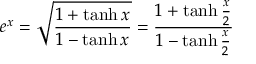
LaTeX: e ^ { x } = { \sqrt { \frac { 1 + \operatorname { t a n h } x } { 1 - \operatorname { t a n h } x } } } = { \frac { 1 + \operatorname { t a n h } { \frac { x } { 2 } } } { 1 - \operatorname { t a n h } { \frac { x } { 2 } } } }